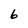
Character: 6